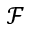
\mathcal { F }